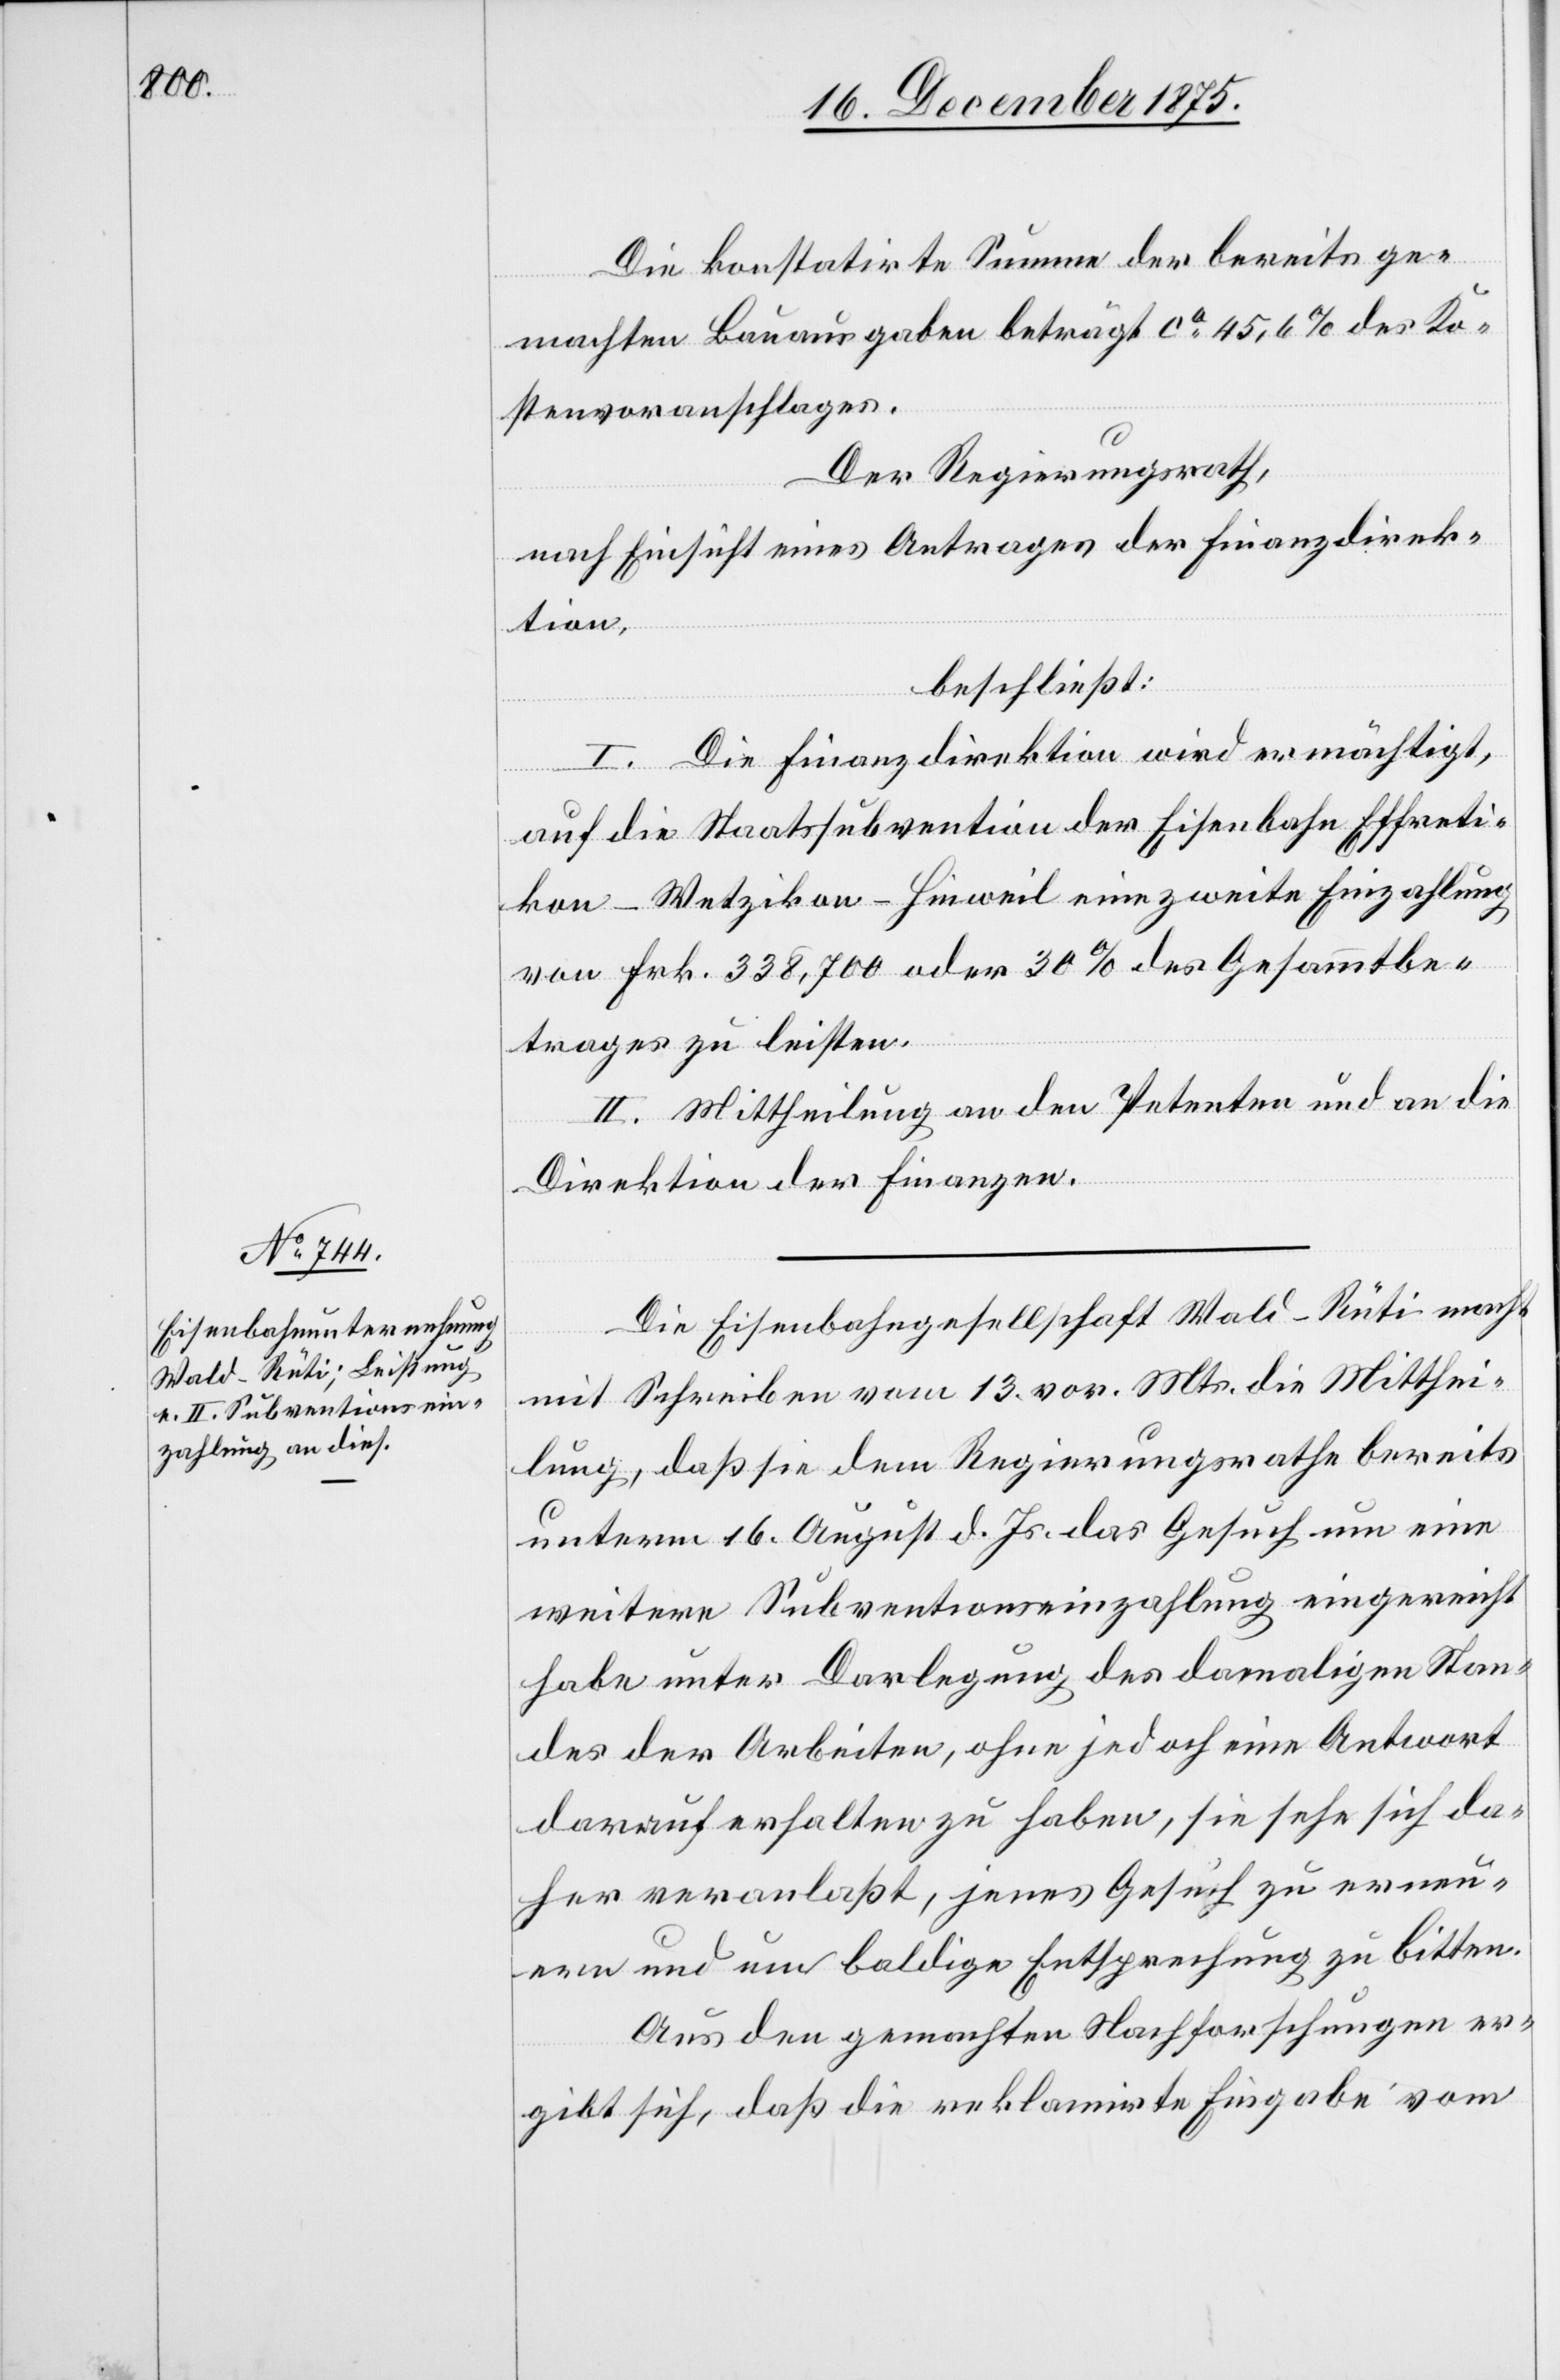
Die konstatirte Summe der bereits ge¬
machten Bauausgaben beträgt ca 45,6% des Ko¬
stenvoranschlages.
Der Regierungsrath,
nach Einsicht eines Antrages der Finanzdirek¬
tion,
beschließt:
I. Die Finanzdirektion wird ermächtigt,
auf die Staatssubvention der Eisenbahn Effreti¬
kon–Wetzikon–Hinweil eine zweite Einzahlung
von Frk. 338,700 oder 30% des Gesammtbe¬
trages zu leisten.
II. Mittheilung an den Petenten und an die
Direktion der Finanzen.
Die Eisenbahngesellschaft Wald–Rüti macht
mit Schreiben vom 13. vor. Mts. die Mitthei¬
lung, daß sie dem Regierungsrathe bereits
unterm 16. August d. Js. das Gesuch um eine
weitere Subventionseinzahlung eingereicht
habe unter Darlegung des damaligen Stan¬
des der Arbeiten, ohne jedoch eine Antwort
darauf erhalten zu haben, sie sehe sich da¬
her veranlaßt, jenes Gesuch zu erneu¬
ern und um baldige Entsprechung zu bitten
Aus den gemachten Nachforschungen er¬
gibt sich, daß die reklamirte Eingabe vom